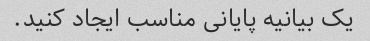
یک بیانیه پایانی مناسب ایجاد کنید.